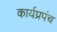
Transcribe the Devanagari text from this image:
कार्यप्रपंच